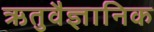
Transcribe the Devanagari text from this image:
ऋतुवैज्ञानिक